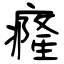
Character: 癃